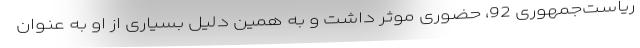
ریاست‌جمهوری 92، حضوری موثر داشت و به همین دلیل بسیاری از او به عنوان